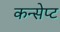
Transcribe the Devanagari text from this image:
कन्सेप्ट